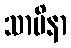
သာမိနာ